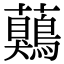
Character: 𧅖